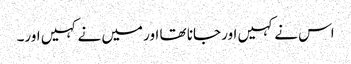
اس نے کہیں اور جانا تھا اور میں نے کہیں اور۔